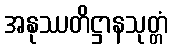
အနုဿတိဋ္ဌာနသုတ္တံ